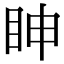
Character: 眒